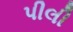
પીલી